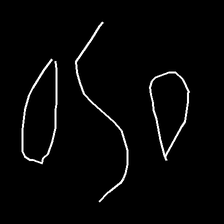
Glyph: water